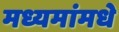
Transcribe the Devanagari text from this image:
मध्यमांमधे